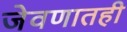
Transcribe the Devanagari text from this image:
जेवणातही